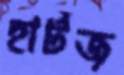
হার্টজ